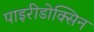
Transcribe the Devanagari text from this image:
पाइरीडोक्सिन